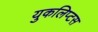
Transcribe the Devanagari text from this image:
युकलिप्टस